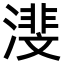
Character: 𪷕